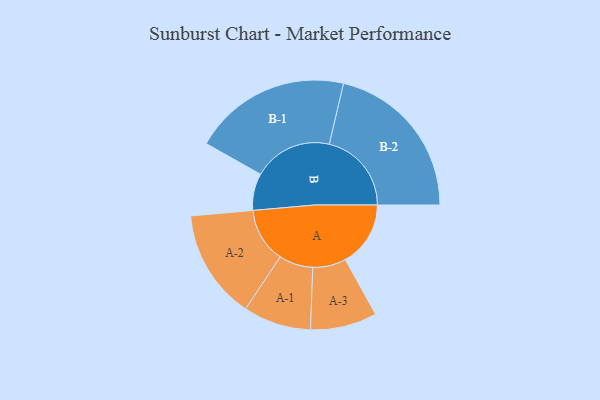
{"axis": {"x": "Segment", "y": "Value"}, "legend": ["", "A", "B"], "data": [{"x": "A", "y": 200, "type": ""}, {"x": "B", "y": 113, "type": ""}, {"x": "A-1", "y": 104, "type": "A"}, {"x": "A-2", "y": 168, "type": "A"}, {"x": "A-3", "y": 102, "type": "A"}, {"x": "B-1", "y": 242, "type": "B"}, {"x": "B-2", "y": 252, "type": "B"}]}